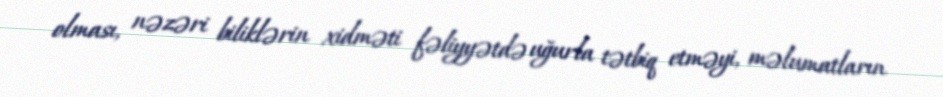
olması, nəzəri biliklərin xidməti fəliyyətdə uğurla tətbiq etməyi, məlumatların